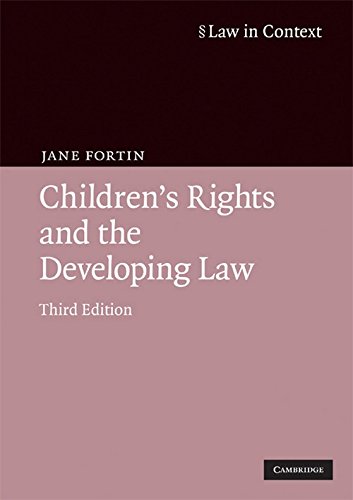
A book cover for Children's Rights and the Developing Law (Law in Context); Jane Fortin; Law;